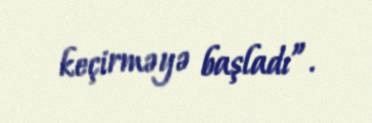
keçirməyə başladı”.